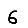
Digit: 6